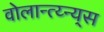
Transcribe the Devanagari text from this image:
वोलान्त्य्न्य्स